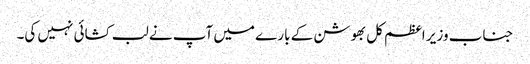
جناب وزیر اعظم کل بھوشن کے بارے میں آپ نے لب کشائی نہیں کی۔